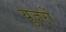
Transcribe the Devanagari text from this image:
युजरों